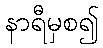
နာရီမှစ၍